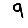
Digit: 9